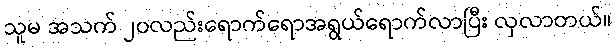
သူမ အသက် ၂၀လည်းရောက်ရောအရွယ်ရောက်လာပြီး လှလာတယ်။